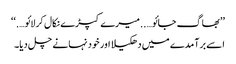
’’بھاگ جائو…..میرے کپڑے نکال کر لائو….‘‘
اسے برآمدے میں دھکیلا اور خود نہانے چل دیا۔